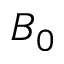
B _ { 0 }